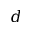
d